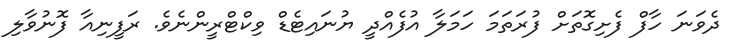
ދެވަނަ ހާފް ފެށިގޮތަށް ފުރަތަމަ ހަމަލާ އުފެއްދީ ޔުނައިޓެޑް ވިކްޓްރީންނެވެ. ރަފީނިއާ ފޮނުވާލި